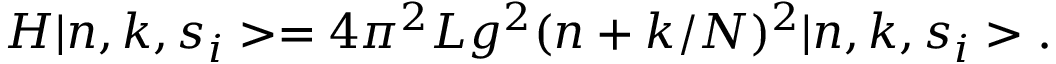
H \vert n , k , s _ { i } > = 4 \pi ^ { 2 } L g ^ { 2 } ( n + k / N ) ^ { 2 } \vert n , k , s _ { i } > .